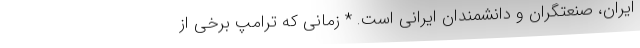
ایران، صنعتگران و دانشمندان ایرانی است. * زمانی که ترامپ برخی از